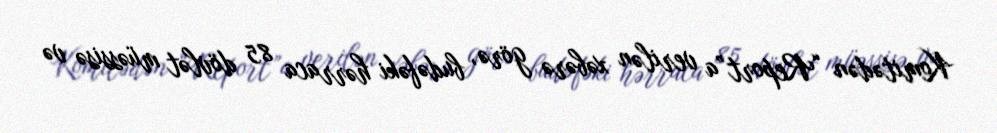
Komitədən “Report”a verilən xəbərə görə, budəfəki hərraca 85 dövlət müəssisə və